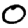
Digit: 0